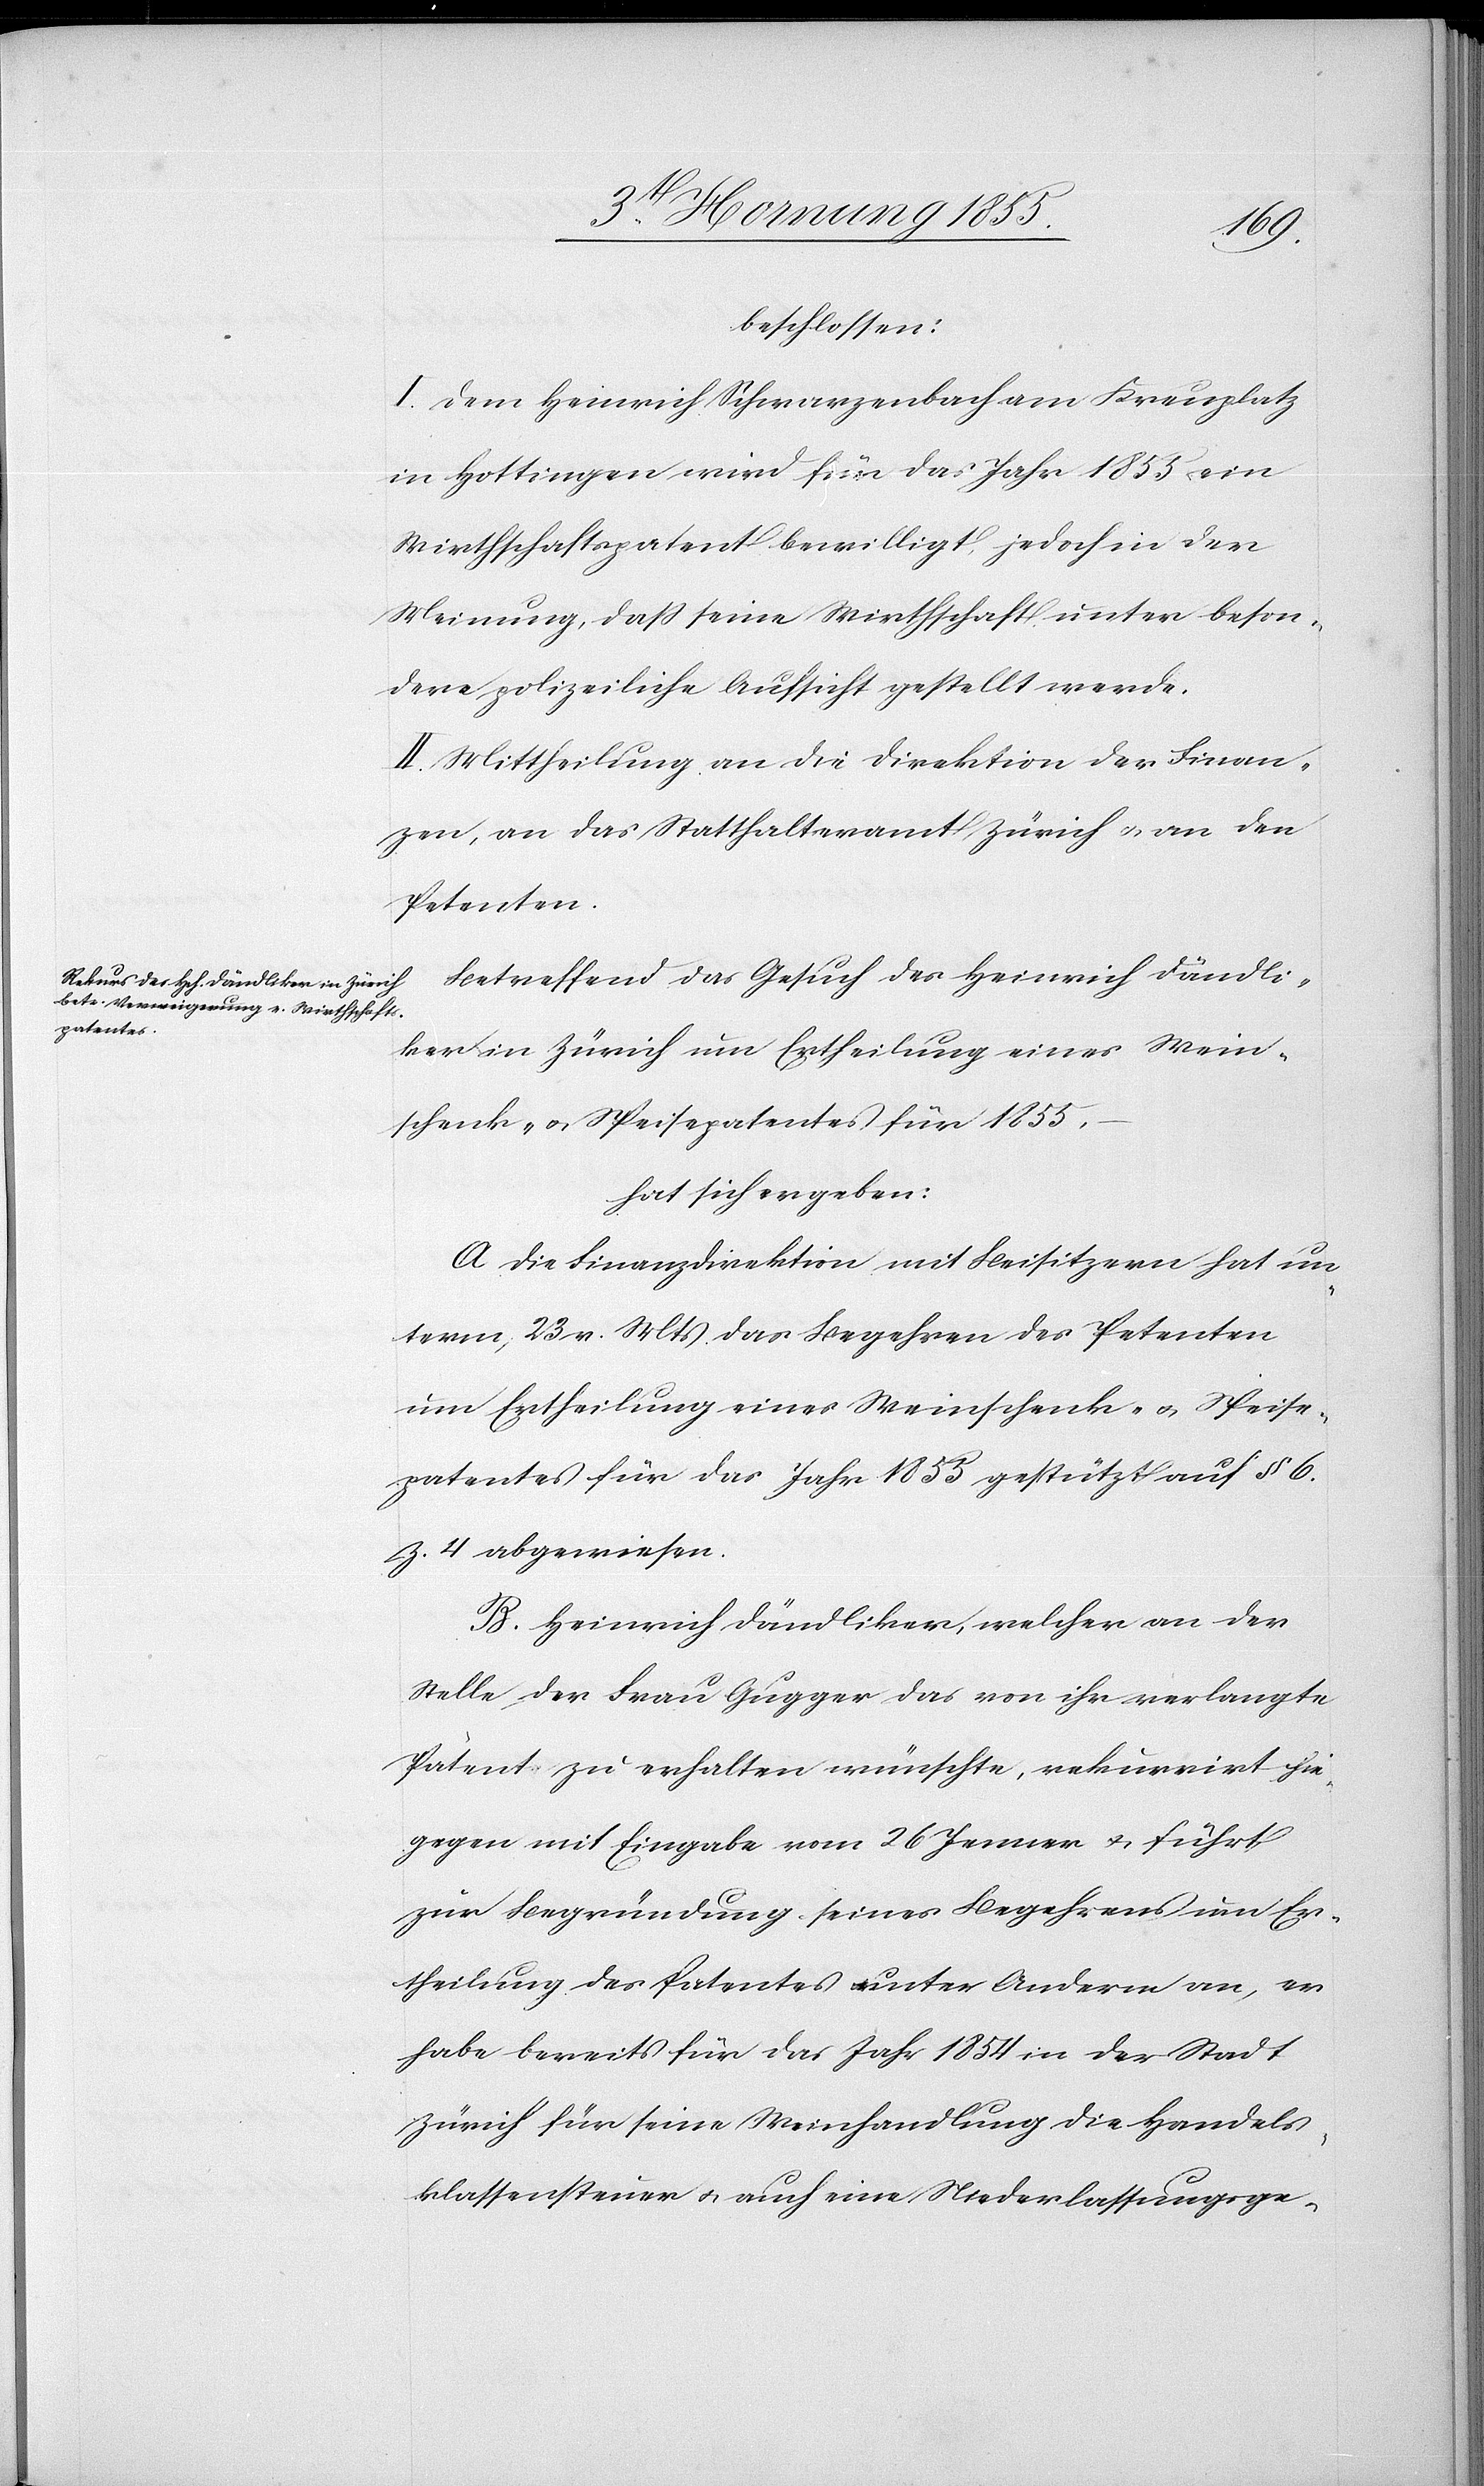
beschlossen:
I. Dem Heinrich Schwarzenbach am Kreu[z]platz
in Hottingen wird für das Jahr 1855 ein
Wirthschaftspatent bewilligt, jedoch in der
Meinung, dass seine Wirthschaft unter beson¬
dere polizeiliche Aufsicht gestellt werde.
II. Mittheilung an die Direktion der Finan¬
zen, an das Statthalteramt Zürich & an den
Petenten.
Betreffend das Gesuch des Heinrich Dändli¬
ker in Zürich um Ertheilung eines Wein¬
schenk- & Speisepatentes für 1855,
hat sich ergeben:
A Die Finanzdirektion mit Beisitzern hat un¬
term 23 v. Mts das Begehren des Petenten
um Ertheilung eines Weinschenk- & Speise¬
patentes für das Jahr 1855 gestützt auf § 6.
Z. 4 abgewiesen.
B. Heinrich Dändliker, welcher an der
Stelle der Frau Gugger das von ihr verlangte
Patent zu erhalten wünschte, rekurrirt hie¬
gegen mit Eingabe vom 26 Jenner & führt
zur Begründung seines Begehrens um Er¬
theilung des Patentes unter Anderm an, er
habe bereits für das Jahr 1854 in der Stadt
Zürich für seine Weinhandlung die Handels¬
klassensteuer & auch eine Niederlassungsge-